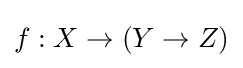
f:X\to (Y\to Z)